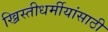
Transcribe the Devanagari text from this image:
ख्रिस्तीधर्मीयांसाठी